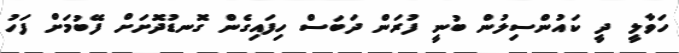
ހަވާލީ ދީ ކައުންސިލުން ބުނީ ފުރަން ދަބަސް ހިފައިގެން ގޮނޑުދޮށަށް ފޭބުމަށް ފަހު